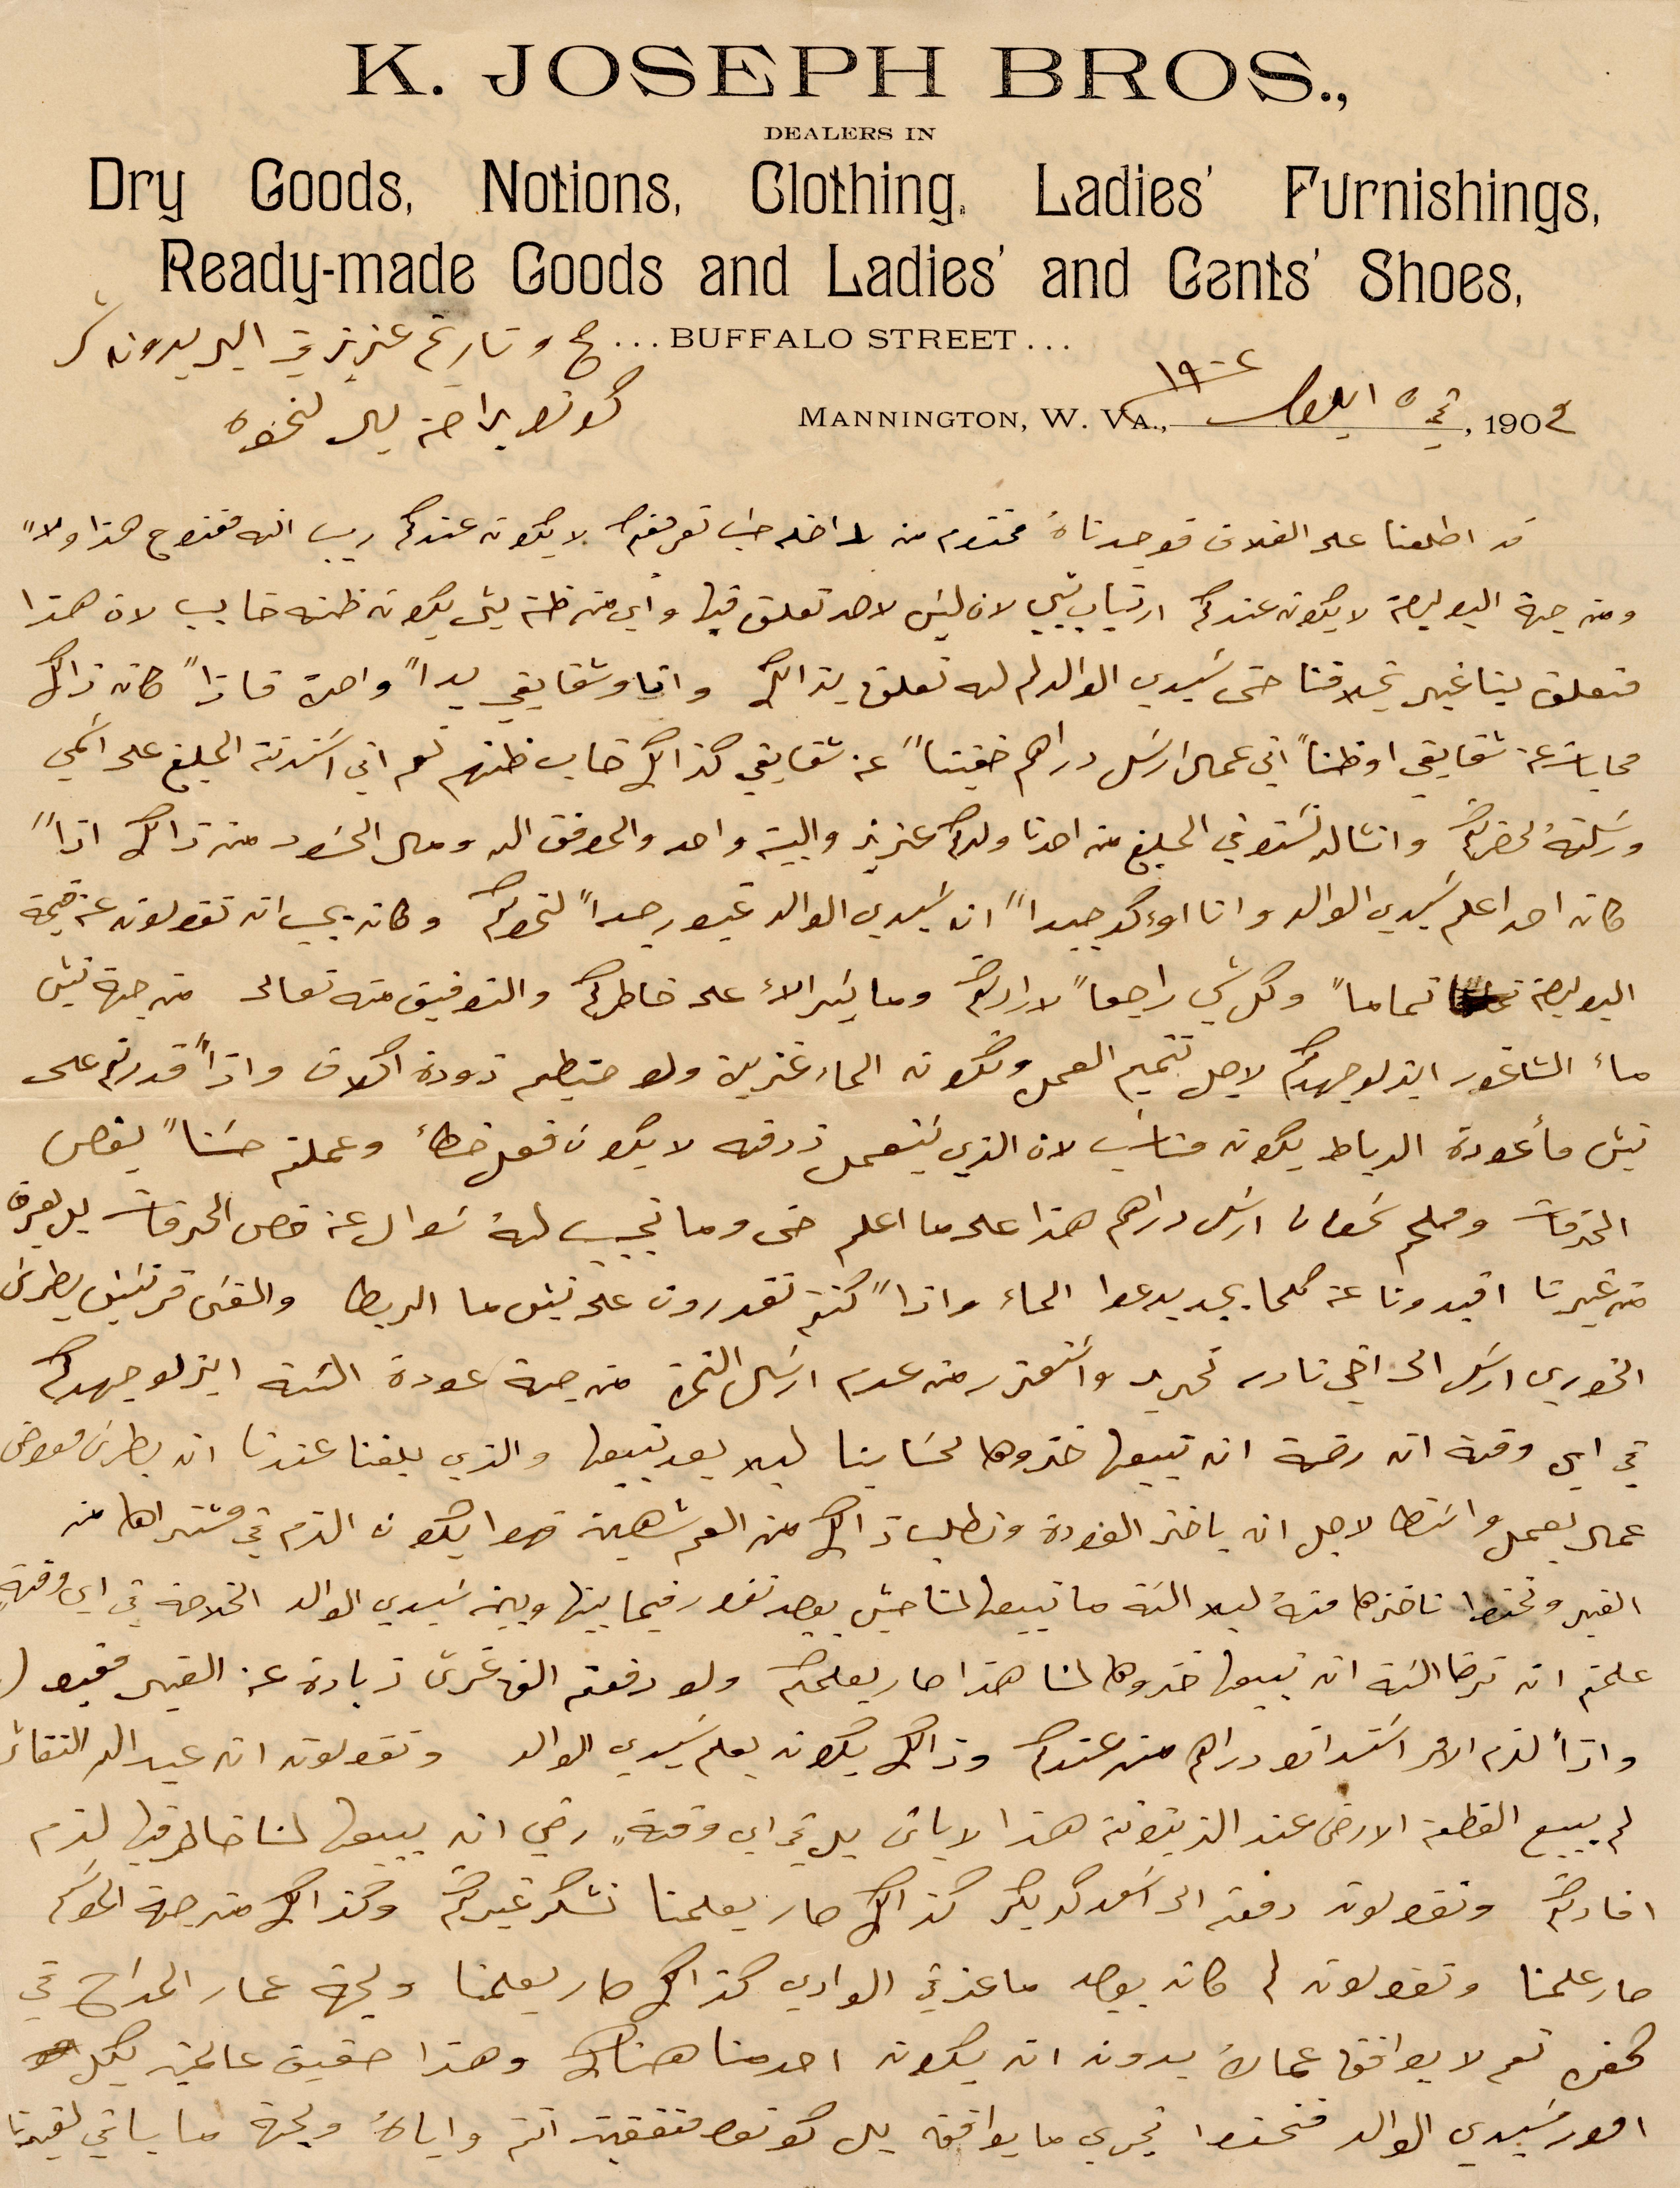
صح تاريخ عزيزتي البر بدونه شر
كونو برحة بال لنحوه
قد اطلعنا على الغلاف  فوجدناه مختو من داخله حب تعرف فقط لا يكون عندكم ريس انه متزوج هذا ولا
ومن جهة البوليصة لا يكون عندكم ارتياب ليس لان  ليس لاحد تعلق فيها واي من ظنه لي يكونه ظنه خايب لان هذا
متعلق بنا غير فنا حتى سيدي الوالد لم له تعلق %% وانا وثق بقي يدًا واحتى %% كانه ذاك
محاباة عن شقايقي او ظنًا اني عمل ارسل دراهم خفيًا عن شقايقي كذلك خاب ظنهم لعم اني استدنت المبلغ على اسمي
ورسلته لحضرتكم وانشالله تستوفي المبلغ من احدنا ولدكم عزيز والبيت واحد والمرفق الهه ومال %% من ذاك اذًا
كان احد يعلم سيدي الوالد وانا أؤكد جيدًا ان سيدي الوالد غيور جدًا لخطكم وكان يجب ان تقولونه عن قيمة
البوليصة تمامًا وكل شي راجعًا لااكم وما كبير الا على خاطرك والتوفيق منه تعالي من جهة ثنية
ماء الشاغور ايدلو جهدكم لاجل تتميم العمل ولكونه الماء عزير ولو حتيطم ذودة اكلاف واذًا قدرتم على
تئيس مأعودة الرباط يكون مناسب لان الذي يستعمل ذرقنه لا يكون فعل خطاء وعملتو حسنًا يقص
الخدمات وملحم سمعان ارسل دراهم هذا على ما اعلم  حتى وما نجب له سؤال عن قص الخدمات بل يعرف
الخوري ارسل الى اخي نادر تحديد واستعر منه عدم ارسل النمرة من جهة عودة النية ابذلو جهدكم
قداس وقته ان رقمه انه تبيعها خذوها لحسابنا ليلا بعد تبيعها والذي بلغنا عندنا ان بطرس معوض
عمال يعمل واسطا لاحل انه يأخذ الفودة ونطلب ذالك من العم شهين فهو يكون الذم في مشتراها من
القهر وتحفظ ناخذها منه لبلا النة ما تبيعها %% %% فيما بينها وبين سيدي الوالد الخلاصة في أي وقهة
علمتم انه ترضا النية انه تبيعها خذوها لنا هذا صار يعلمكم ولو دفعتم الف غرش زيادة عن القير مقبول
واذا لزم الامر استدانو دراهم من عندكم وذلك يكون بعلم سيدي الوالد وتقولون ان عيد الاتقاء
لم يبيع القطعة الأرض عند الزيتونة هذا الاباتي بل تحداي وقته رضي انه يبيعها لنا خاطر فيها لزم
افادكم وتقولون دفعتم الى اسغد كريكر مذلك صار يعلمنا نشكر غيركم وكذلك من جهة الموسم
صار علمنا وتقولون لن كان يوجد ماعز في الوادي كذلك صار يعلمنا ولجهة عمار المداح في
كفر تعم لا يوافق عماك بدون انه يكون احد منا هناك وعذا حقيق عالمنية لمل
أمور سيدي الوالد متحفظ تجري ما يوافقه بل كونوا متفقين اتم واياه لجهة ما باقي لقيدنا